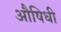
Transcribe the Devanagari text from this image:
औषिधी